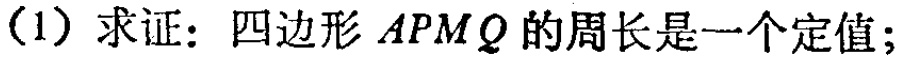
(1) 求证：四边形 \(APMQ\) 的周长是一个定值；